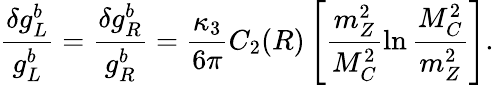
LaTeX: \frac{\delta g_{L}^{b}}{g_{L}^{b}}=\frac{\delta g_{R}^{b}}{g_{R}^{b}}=\frac{\kappa_{3}}{6\pi}C_{2}(R)\left[\frac{m_{Z}^{2}}{M_{C}^{2}}\ln\frac{M_{C}^{2}}{m_{Z}^{2}}\right].